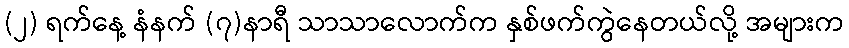
(၂) ရက်နေ့ နံနက် (၇)နာရီ သာသာလောက်က နှစ်ဖက်ကွဲနေတယ်လို့ အများက